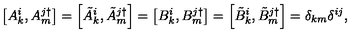
\left[ A _ { k } ^ { i } , A _ { m } ^ { j \dagger } \right] = \left[ \tilde { A } _ { k } ^ { i } , \tilde { A } _ { m } ^ { j \dagger } \right] = \left[ B _ { k } ^ { i } , B _ { m } ^ { j \dagger } \right] = \left[ \tilde { B } _ { k } ^ { i } , \tilde { B } _ { m } ^ { j \dagger } \right] = \delta _ { k m } \delta ^ { i j } ,